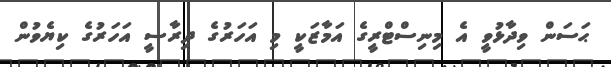
ޙަސަން ވިދާޅުވީ އެ މިނިސްޓްރީގެ އަމާޒަކީ މި އަހަރުގެ ދިރާސީ އަހަރުގެ ކިޔެވުން